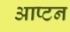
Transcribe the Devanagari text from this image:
आप्टन